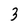
Character: 3